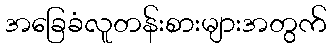
အခြေခံလူတန်းစားများအတွက်